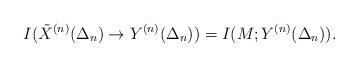
LaTeX: \begin{align*} I(\tilde{X}^{(n)}(\Delta_n) \to Y^{(n)}(\Delta_n))=I(M; Y^{(n)}(\Delta_n)).\end{align*}